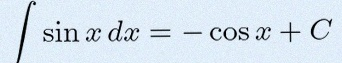
\int \sin x\,dx=-\cos x+C